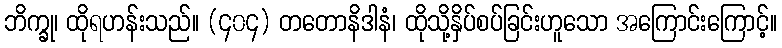
ဘိက္ခု၊ ထိုရဟန်းသည်။ (၄၀၄) တတောနိဒါနံ၊ ထိုသို့နှိပ်စပ်ခြင်းဟူသော အကြောင်းကြောင့်။